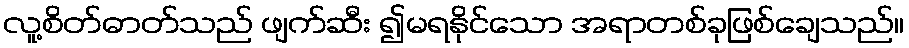
လူ့စိတ်ဓာတ်သည် ဖျက်ဆီး ၍မရနိုင်သော အရာတစ်ခုဖြစ်ချေသည်။